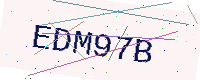
Text: EDM97B